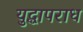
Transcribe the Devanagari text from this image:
युद्धापराध